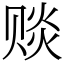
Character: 赕